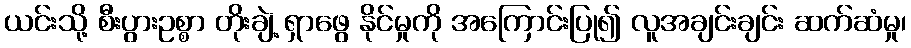
ယင်းသို့ စီးပွားဥစ္စာ တိုးချဲ့ ရှာဖွေ နိုင်မှုကို အကြောင်းပြု၍ လူအချင်းချင်း ဆက်ဆံမှု၊